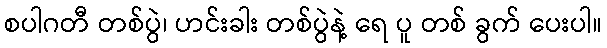
စပါဂတီ တစ်ပွဲ၊ ဟင်းခါး တစ်ပွဲနဲ့ ရေ ပူ တစ် ခွက် ပေးပါ။